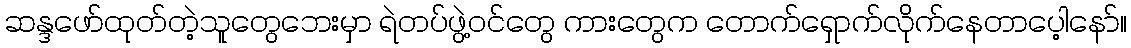
ဆန္ဒဖော်ထုတ်တဲ့သူတွေဘေးမှာ ရဲတပ်ဖွဲ့ဝင်တွေ ကားတွေက တောက်ရှောက်လိုက်နေတာပေ့ါနော်။